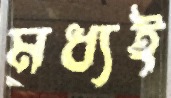
মধ্যই